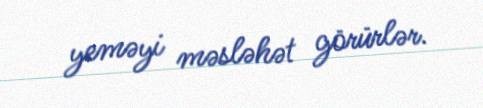
yeməyi məsləhət görürlər.